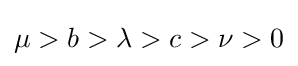
\mu >b>\lambda >c>\nu >0